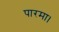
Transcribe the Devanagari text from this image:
पारमा।